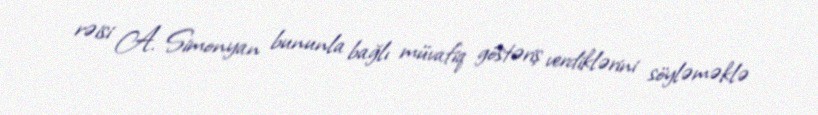
rəisi A. Simonyan bununla bağlı müvafiq göstəriş verdiklərini söyləməklə